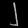
Digit: ၂